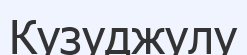
Кузуджулу